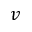
v